Annual statistical returns and brief notes on vaccination in Bengal - 1909-1929
Year: 1909
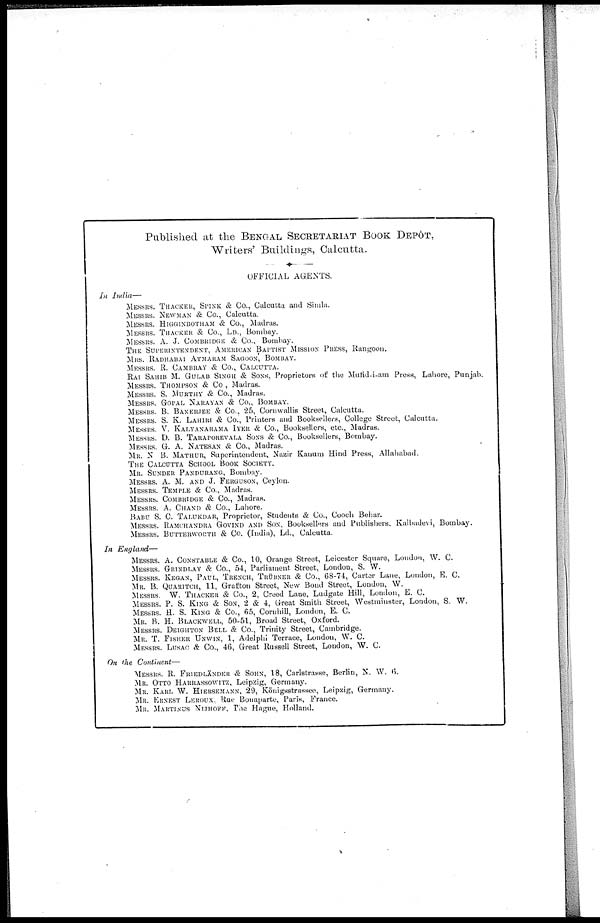
Published at the BENGAL SECRETARIAT BOOK DEPÔT,
Writers' Buildings, Calcutta.
OFFICIAL AGENTS.
In India—
MESSRS. THACKER, SPINK & Co., Calcutta and Simla.
MESSRS. NEWMAN & Co., Calcutta.
MESSRS. HIGGINBOTHAM & Co., Madras.
MESSRS. THACKER & Co., LD., Bombay.
MESSRS. A. J. COMBRIDGE & Co., Bombay.
THE SUPERINTENDENT, AMERICAN BAPTIST MISSION PRESS, Rangoon.
MRS. RADHABAI ATMARAM SAGOON, BOMBAY.
MESSRS. R. CAMBRAY & Co., CALCUTTA.
RAI SAHIB M. GULAB SINGH & SONS, Proprietors of the Mutid-i-am Press, Lahore, Punjab.
MESSRS. THOMPSON & CO, Madras.
MESSRS. S. MURTHY & Co., Madras.
MESSRS. GOPAL NARAYAN & Co., BOMBAY.
MESSRS. B. BANERJEE & Co., 25, Cornwallis Street, Calcutta.
MESSRS. S. K. LAHIRI & Co., Printers and Booksellers, College Street, Calcutta.
MESSRS. V. KALYANARAMA IYER & Co., Booksellers, etc., Madras.
MESSRS. D. B. TARAPOREVALA SONS & Co., Booksellers, Bombay.
MESSRS. G. A. NATESAN & Co., Madras.
MR. N. B. MATHUR, Superintendent, Nazir Kanum Hind Press, Allahabad.
THE CALCUTTA SCHOOL BOOK SOCIETY.
MR. SUNDER PANDURANG, Bombay.
MESSRS. A. M. AND J. FERGUSON, Ceylon.
MESSRS. TEMPLE & Co., Madras.
MESSRS. COMBRIDGE & Co., Madras.
MESSRS. A. CHAND & Co., Lahore.
BABU S. C. TALUKDAR, Proprietor, Students & Co., Cooch Behar.
MESSRS. RAMCHANDRA GOVIND AND SON, Booksellers and Publishers, Kalbadevi, Bombay.
MESSRS. BUTTERWORTH & CO. (India), Ld., Calcutta.
In England—
MESSRS. A. CONSTABLE & Co., 10, Orange Street, Leicester Square, London, W. C.
MESSRS. GRINDLAY & Co., 54, Parliament Street, London, S. W.
MESSRS. KEGAN, PAUL, TRENCH, TRÜBNER & Co., 68-74, Carter Lane, London, E. C.
MR. B. QUARITCH, 11, Grafton Street, New Bond Street, London, W.
MESSRS. W. THACKER & Co., 2, Creed Lane, Ludgate Hill, Loudon, E. C.
MESSRS. P. S. KING & SON, 2 & 4, Great Smith Street, Westminster, London, S. W.
MESSRS. H. S. KING & Co., 65, Cornhill, London, E. C.
MR. B. H. BLACKWELL, 50-51, Broad Street, Oxford.
MESSRS. DEIGHTON BELL & Co., Trinity Street, Cambridge.
MR. T. FISHER UNWIN, 1, Adelphi Terrace, London, W. C.
MESSRS. LUSAC & Co., 46, Great Russell Street, London, W. C.
On the Continent—
MESSRS. R. FRIEDLÄNDER & SOHN, 18, Carlstrasse, Berlin, N. W. 6.
MR. OTTO HARRASSOWITZ, Leipzig, Germany.
MR. KARL W. HIERSEMANN, 29, Königsstrassee, Leipzig, Germany.
MR. ERNEST LEROUX Rue Bonaparte, Paris, France.
MR. MARTINUS NIJHOFF, The Hague, Holland.